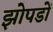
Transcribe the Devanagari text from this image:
झोपडों